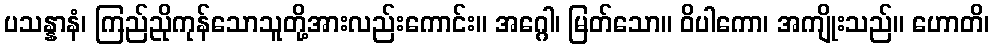
ပသန္နာနံ၊ ကြည်ညိုကုန်သောသူတို့အားလည်းကောင်း။ အဂ္ဂေါ၊ မြတ်သော။ ဝိပါကော၊ အကျိုးသည်။ ဟောတိ၊